DOW-UAP-D35, Mission Report, Greece, October 2023
Agency: Department of War
Incident date: 10/29/23
Incident location: Aegean Sea
Page 6
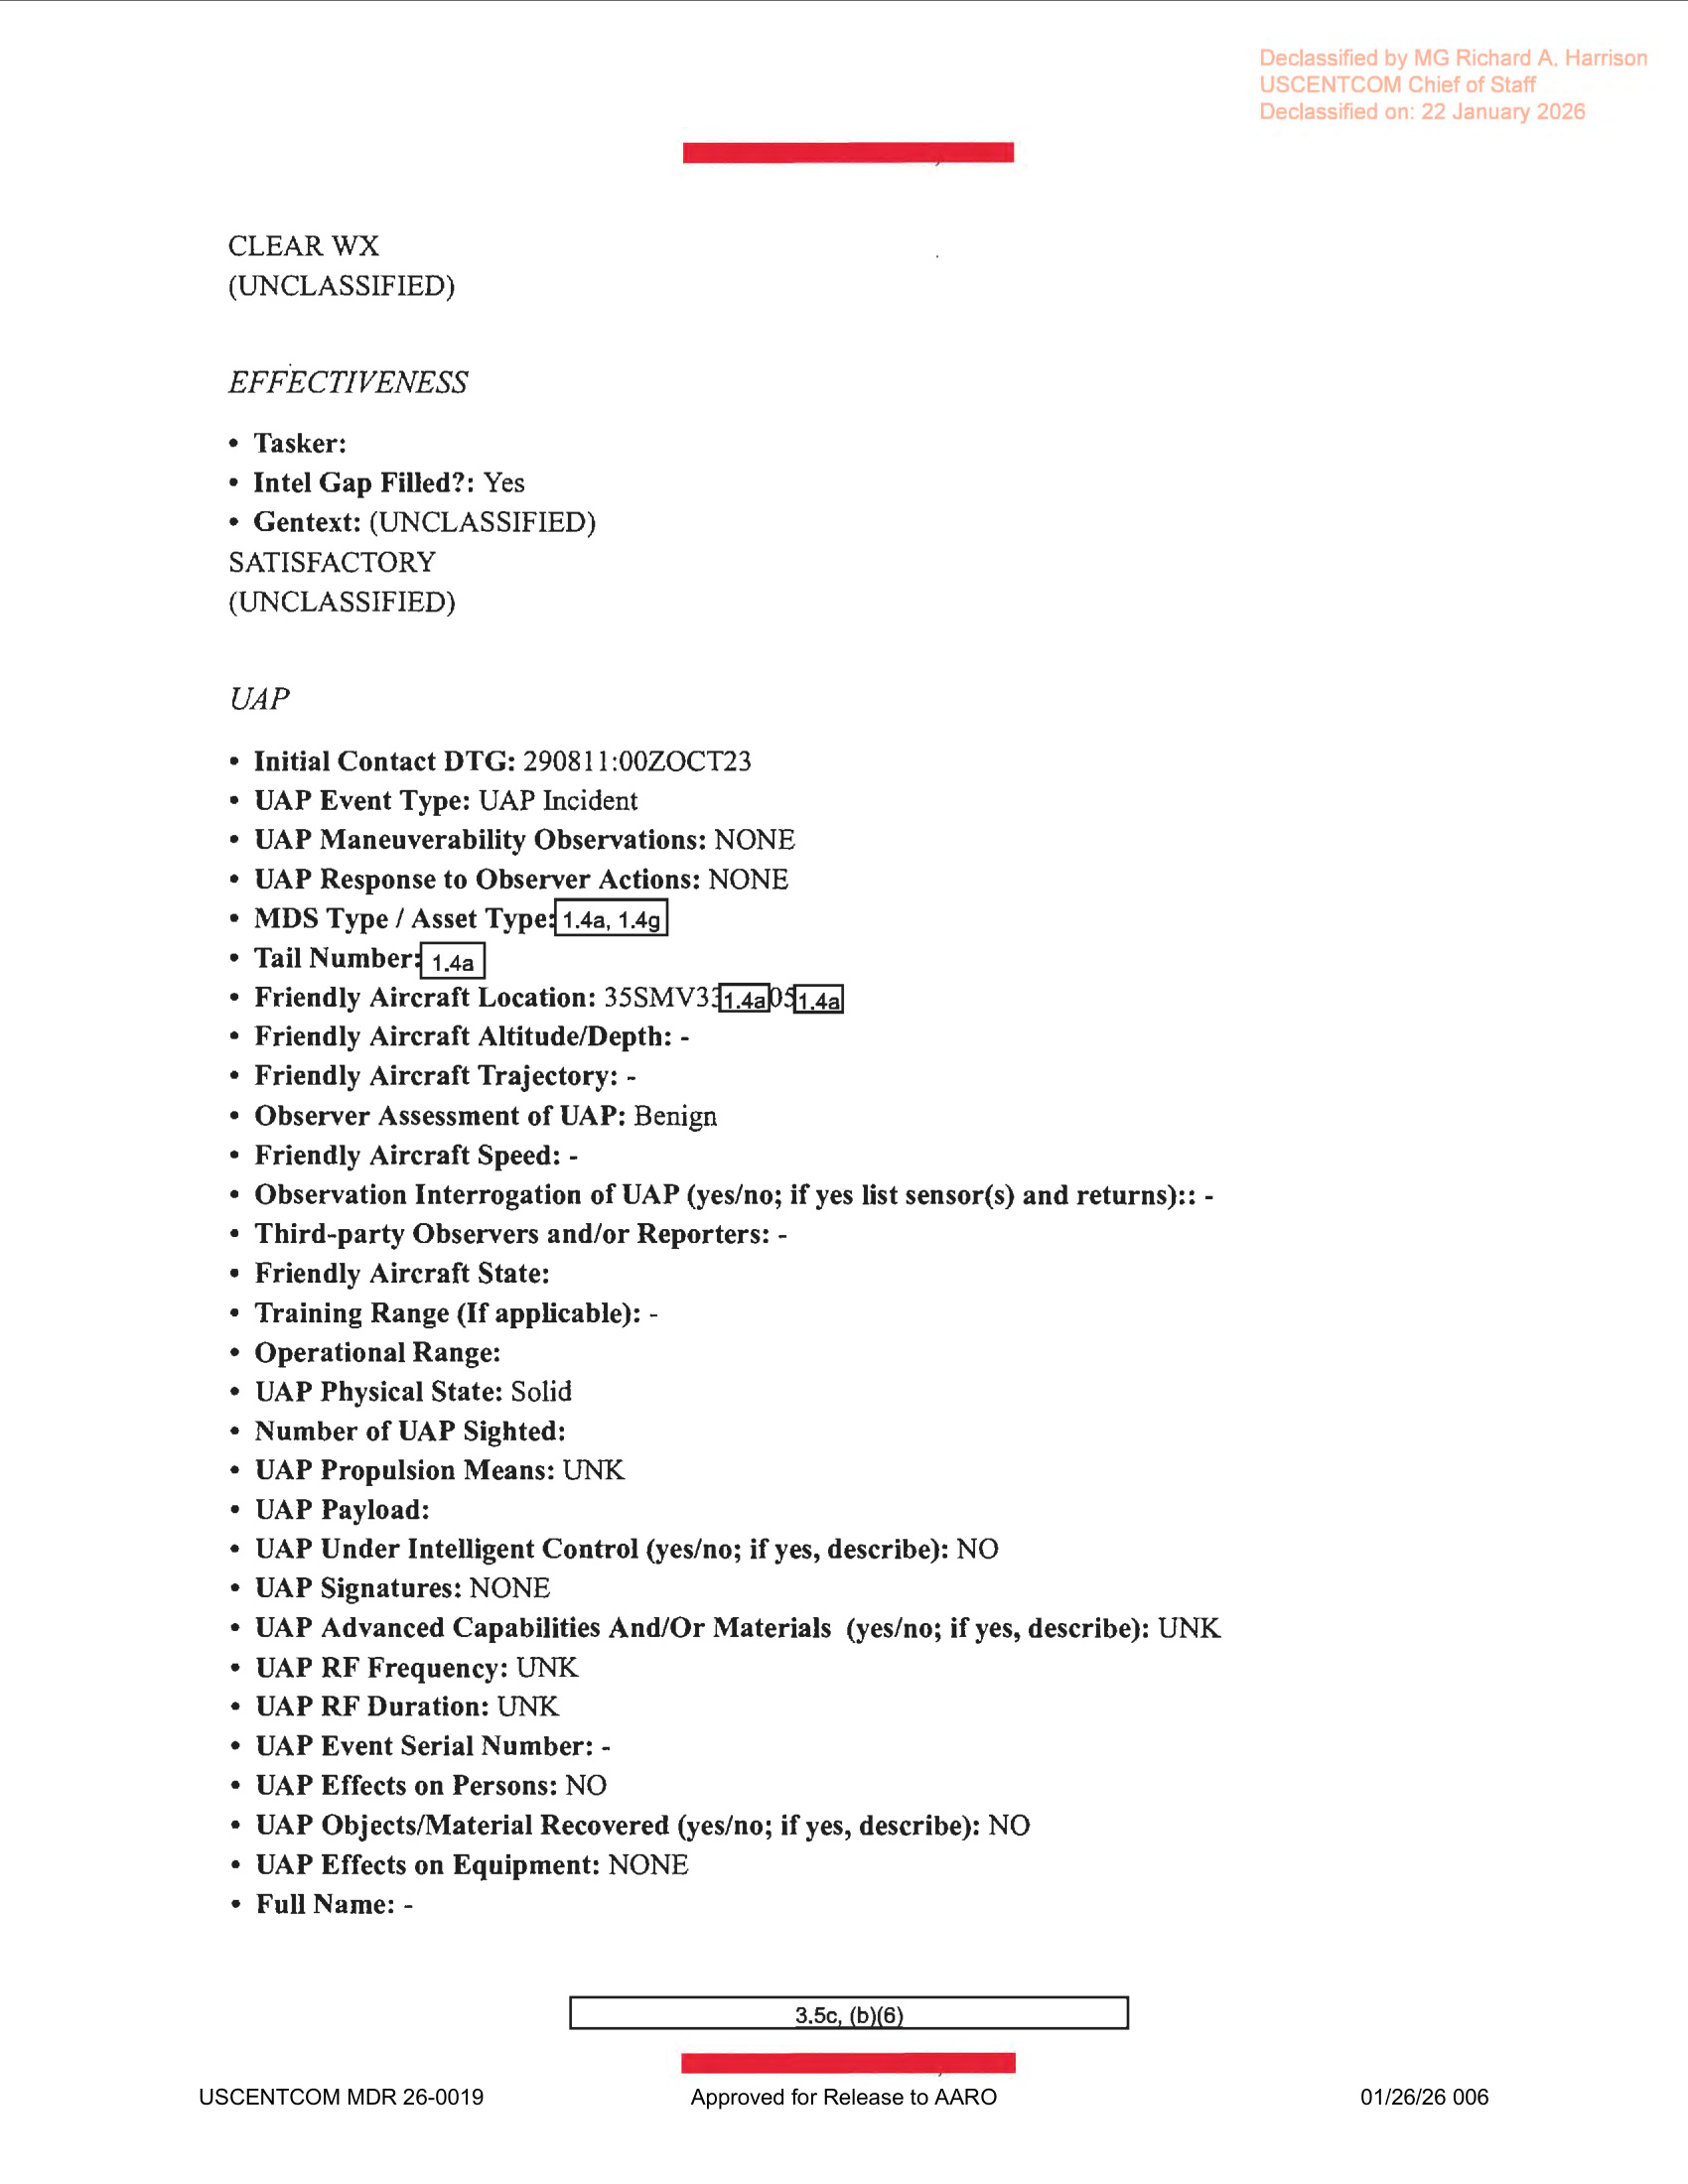